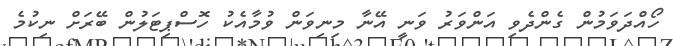
ހޯއްދަވަމުން ގެންދެވި އަންވަރު ވަނީ އޭނާ މިނިވަން ވުމާއެކު ހޮސްޕިޓަލުން ބޭރަށް ނިކުމެ